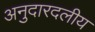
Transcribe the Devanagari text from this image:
अनुदारदलीय